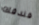
فندقك